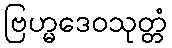
ဗြဟ္မဒေဝသုတ္တံ